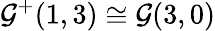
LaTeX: {\mathcal{G}}^{+}(1,3)\cong{\mathcal{G}}(3,0)